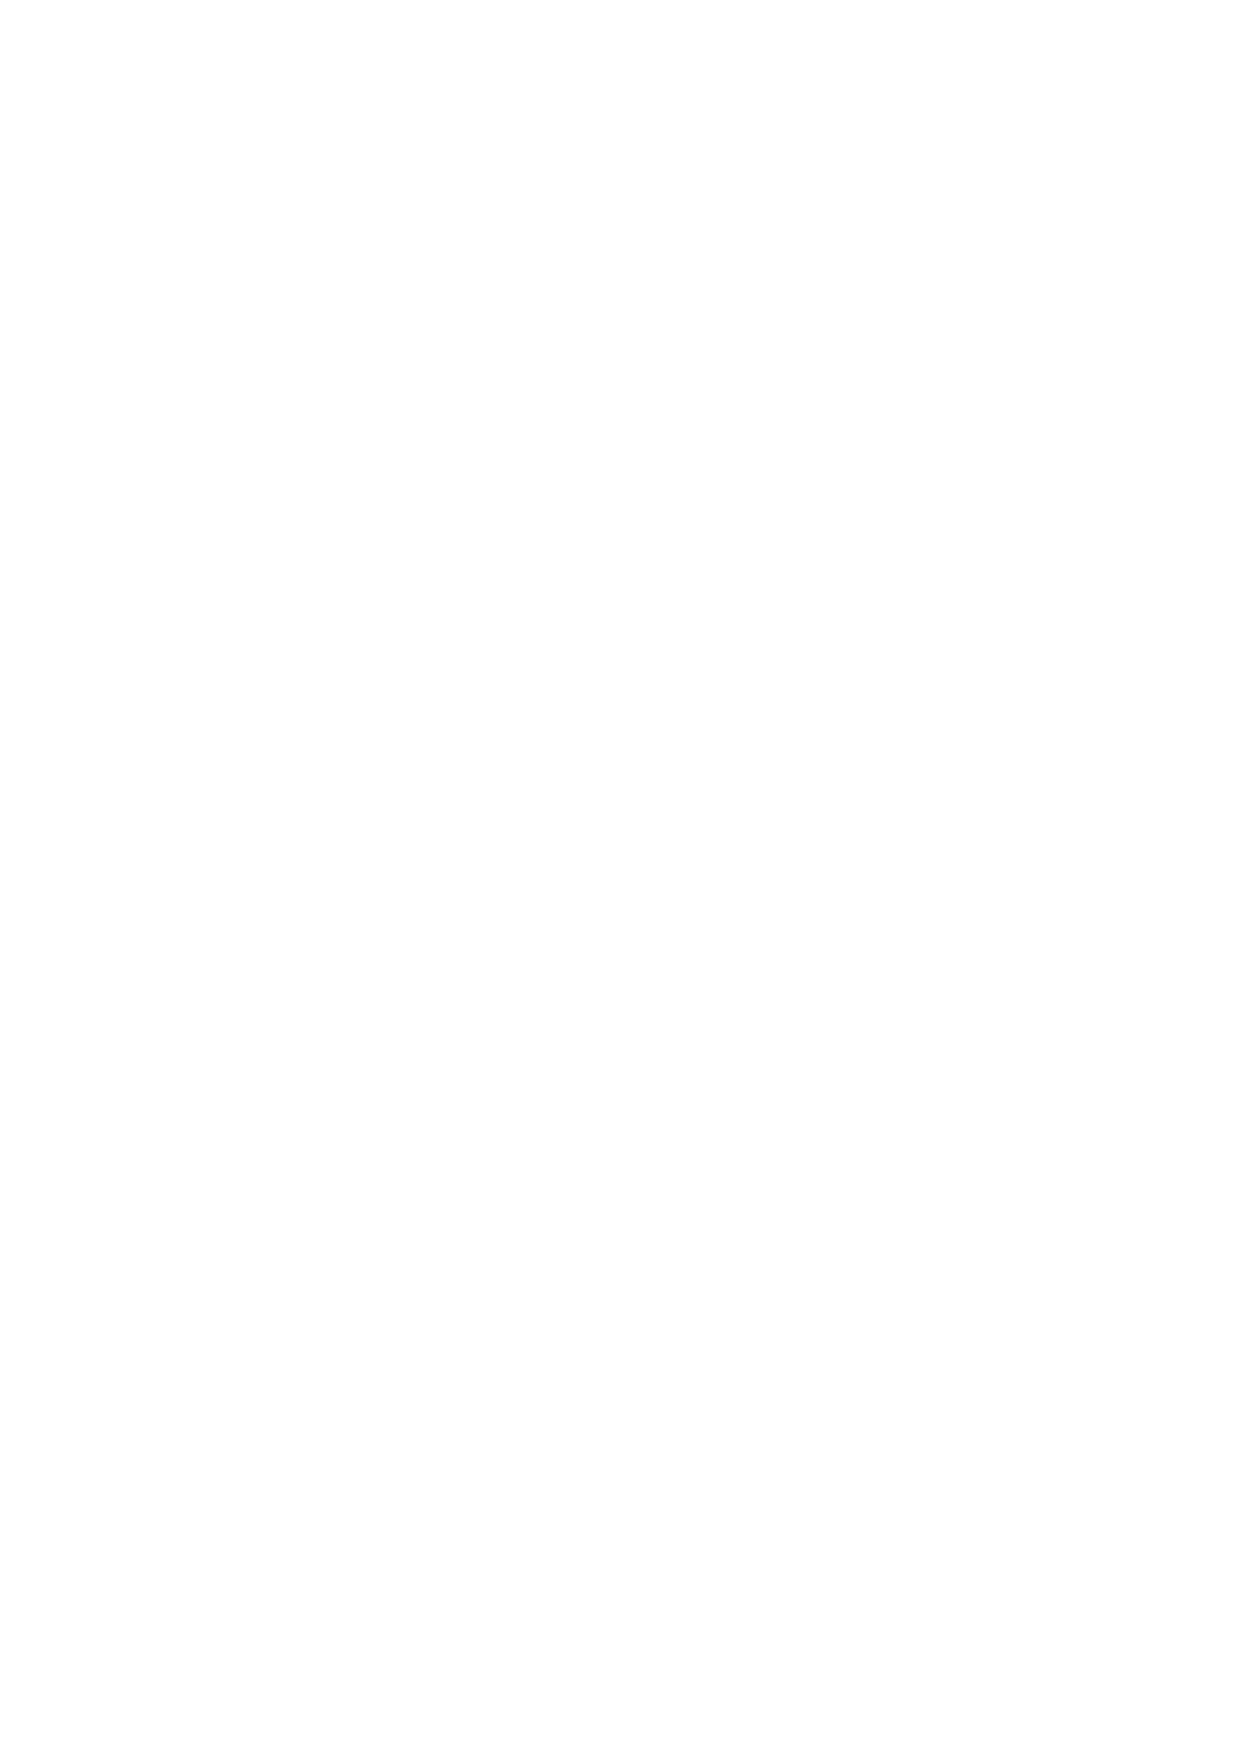
7.4 Open Positions will automatically close on their Expiry Date and at their expiry me (as are detailed in the
 Contract Specifications) at the PandaStocks closing price on that day. We ask our customers with
 existing futures open interest to take notice of our market information sheet and act accordingly.
 8. New  Orders, Stop Loss Orders and Limit Orders
 8.1 There are generally two basic order types available:
   New Orders; and
   Stop or Limit Orders.
 8.2 New Orders are orders that are not connected to an existing open Position (although they may close
 existing Positions (unless where PandaStocks expressly agree otherwise (see 7.2 above)) if, when
 executed, they create trades that are opposite to existing open Positions). PandaStocks will accept the
 following types of new orders:
   Good till Cancelled" means that the order will remain in effect until cancelled by you
 or until the market expires and PandaStocks ceases to quote the relevant market;
   Good for Day" means that the order will remain in effect until the end of the
 PandaStocks Quoting Hours for the relevant market for that day;
   Good Until" means that the order will remain in effect until the time and date
 requested by you when placing the order or until PandaStocks ceases to quote the
 relevant market (whichever is the sooner).
 8.3 All Good ll Cancelled/Good for Day/Good Until orders are based on an Our Quote basis.
 8.4 A Good ll Cancelled order will only be valid during ICM's Quoting Hours for the market concerned. If
 there is any form of gap between the close of the market as quoted by PandaStocks on one trading
 session and its subsequent reopening either on the next session or, in the case of a Force Majeure,
 whenever PandaStocks reopens said market, the Client's Stop will be executed at the PandaStocks
 Quote based upon the first price that PandaStocks is reasonably able to obtain in the Underlying
 Market.
 8.5 Any orders placed as Stop Losses on open Positions shall:
   Be deemed Good Until Cancelled or until the contract expires or until such me as you
 close the relevant Position;
   Be deemed to be in respect of PandaStocks Quote/Our Quote; and
   Be valid in respect, solely, of the market in respect of which PandaStocks accepted the
 order and not for any other.
 8.6 In respect of markets quoted by PandaStocks outside the trading hours of the relevant Underlying
 Market, all orders are based on ICM's Quote/Our Quote and may be filled at the PandaStocks Quote
 based on a price which is in ICM's opinion fair and reason prevailing world markets at that me.
 11
 v.1